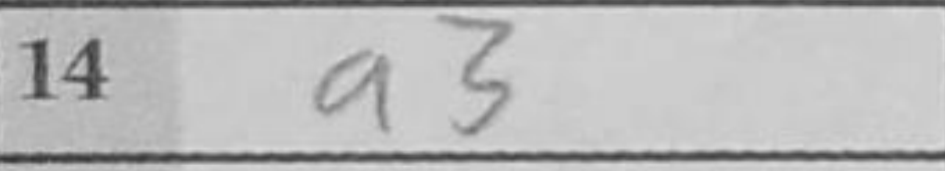
Transcription: a3